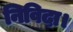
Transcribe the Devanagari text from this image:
निविदा।